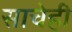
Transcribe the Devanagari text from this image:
साचेही